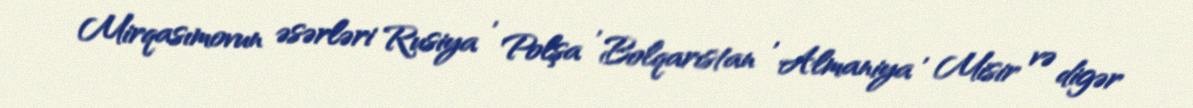
Mirqasımovun əsərləri Rusiya , Polşa , Bolqarıstan , Almaniya , Misir və digər